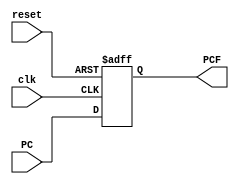
module DP_IF(
	input clk, reset,
	input [31:0] PC,
	output reg [31:0] PCF
);

	initial begin
		PCF <= 32'h0;
	end

	always @(posedge clk or posedge reset) begin
		if(reset == 1'b1)
			PCF <= 32'h0;
		else
			PCF <= PC;
	end

endmodule

module DP_ID(
	input clk, reset,
	input [31:0] InstrF,
	output reg [1:0] Op,
	output reg [5:0] Funct,
	output reg [3:0] Rd,
	output reg [3:0] Cond,
	output reg [3:0] Rn,
	output reg [3:0] Rm,
	output reg [23:0] Inst23
);

	always @(posedge clk) begin
		Op <= InstrF[27:26];
		Funct <= InstrF[25:20];
		Rd <= InstrF[15:12];
		Cond <= InstrF[31:28];
		Rn <= InstrF[19:16];
		Rm <= InstrF[3:0];
		Inst23 <= InstrF[23:0];
	end

endmodule

module DP_EX(
	input clk, reset,
	input [31:0] RD1,	
	input [31:0] RD2,
	input [3:0] WA3D,
	input [31:0] ExtImm,
	output reg [31:0] SrcAE,
	output reg [31:0] WriteDataE,
	output reg [3:0] WA3E,
	output reg [31:0] ExtImmE
);

	always @(posedge clk) begin
		SrcAE <= RD1;
		WriteDataE <= RD2;
		WA3E <= WA3D;
		ExtImmE <= ExtImm;
	end

endmodule

module DP_MEM(
	input clk, reset,
	input [31:0] ALUResultE,	
	input [31:0] WriteDataE,
	input [3:0] WA3E,
	output reg [31:0] A,
	output reg [31:0] WD,
	output reg [3:0] WA3M
);

	always @(posedge clk) begin
		A <= ALUResultE;
		WD <= WriteDataE;
		WA3M <= WA3E;
	end

endmodule

module DP_WB(
	input clk, reset,
	input [31:0] RD,	
	input [31:0] ALUOutM,
	input [3:0] WA3M,
	output reg [31:0] ReadDataW,
	output reg [31:0] ALUOutW,
	output reg [3:0] WA3W
);

	always @(posedge clk) begin
		ReadDataW <= RD;
		ALUOutW <= ALUOutM;
		WA3W <= WA3M;
	end

endmodule